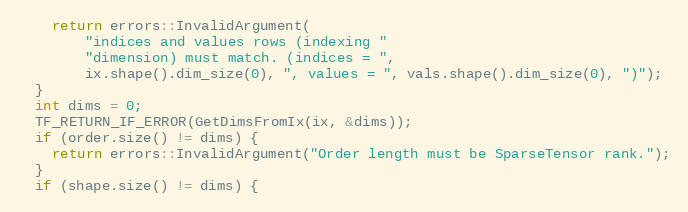
Language: C++
    return errors::InvalidArgument(
        "indices and values rows (indexing "
        "dimension) must match. (indices = ",
        ix.shape().dim_size(0), ", values = ", vals.shape().dim_size(0), ")");
  }
  int dims = 0;
  TF_RETURN_IF_ERROR(GetDimsFromIx(ix, &dims));
  if (order.size() != dims) {
    return errors::InvalidArgument("Order length must be SparseTensor rank.");
  }
  if (shape.size() != dims) {